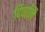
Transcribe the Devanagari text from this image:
दिपालि